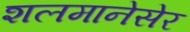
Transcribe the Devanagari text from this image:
शलमानेसेर